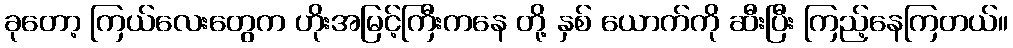
ခုတော့ ကြယ်လေးတွေက ဟိုးအမြင့်ကြီးကနေ တို့ နှစ် ယောက်ကို ဆီးပြီး ကြည့်နေကြတယ်။